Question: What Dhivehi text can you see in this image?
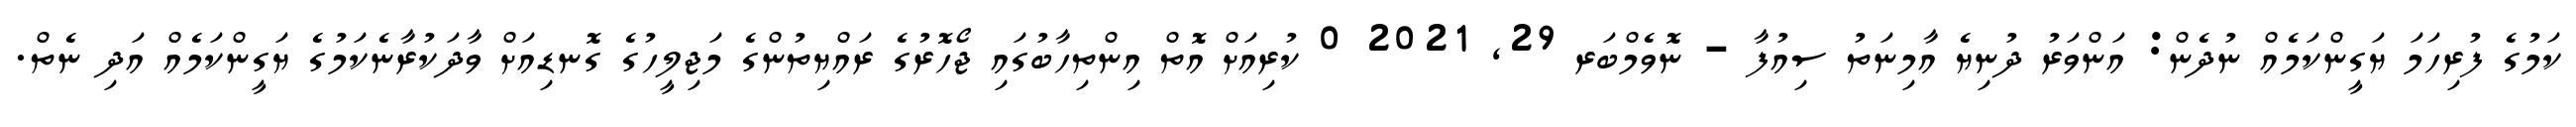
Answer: ކަމުގެ ފުރިހަމަ ޔަގީންކަމެއް ނުދެން: އަންވަރު ދުނިޔެ އާމިނަތު ސިއުފާ - ނޮވެމްބަރ 29, 2021 0 ކުރިއަށް އޮތް އިންތިހާބުގައި ޖޯހޮރުގެ ރައްޔިތުންގެ މަޖިލީހުގެ ގޮނޑިއަށް ވާދަކުރާނެކަމުގެ ޔަގީންކަމެއް އަދި ނެތް.